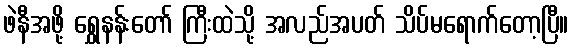
ဖဲနီအဖို့ ရွှေနန်းတော် ကြီးထဲသို့ အလည်အပတ် သိပ်မရောက်တော့ပြီ။